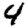
Digit: 4